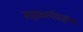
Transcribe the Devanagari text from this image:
सहकार्यवाहपद